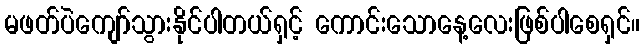
မဖတ်ပဲကျော်သွားနိုင်ပါတယ်ရှင့် ကောင်းသောနေ့လေးဖြစ်ပါစေရှင်။